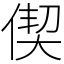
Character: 偰